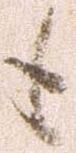
も